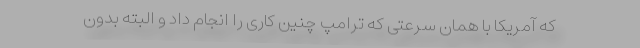
که آمریکا با همان سرعتی که ترامپ چنین کاری را انجام داد و البته بدون